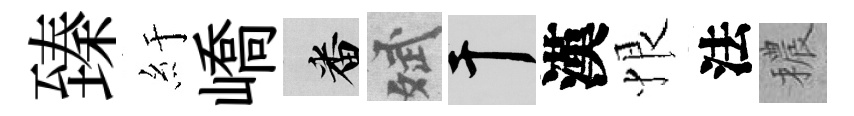
臻紆嶠番斌干漢恨法穠